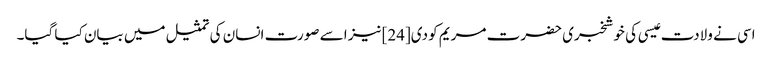
اسی نے ولادت عیسی کی خوشخبری حضرت مریم کو دی[24] نیز اسے صورت انسان کی تمثیل میں بیان کیا گیا۔